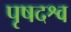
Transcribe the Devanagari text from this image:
पृषदश्व